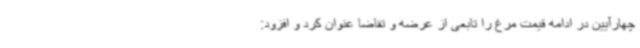
چهارآیین در ادامه قیمت مرغ را تابعی از عرضه و تقاضا عنوان کرد و افزود: